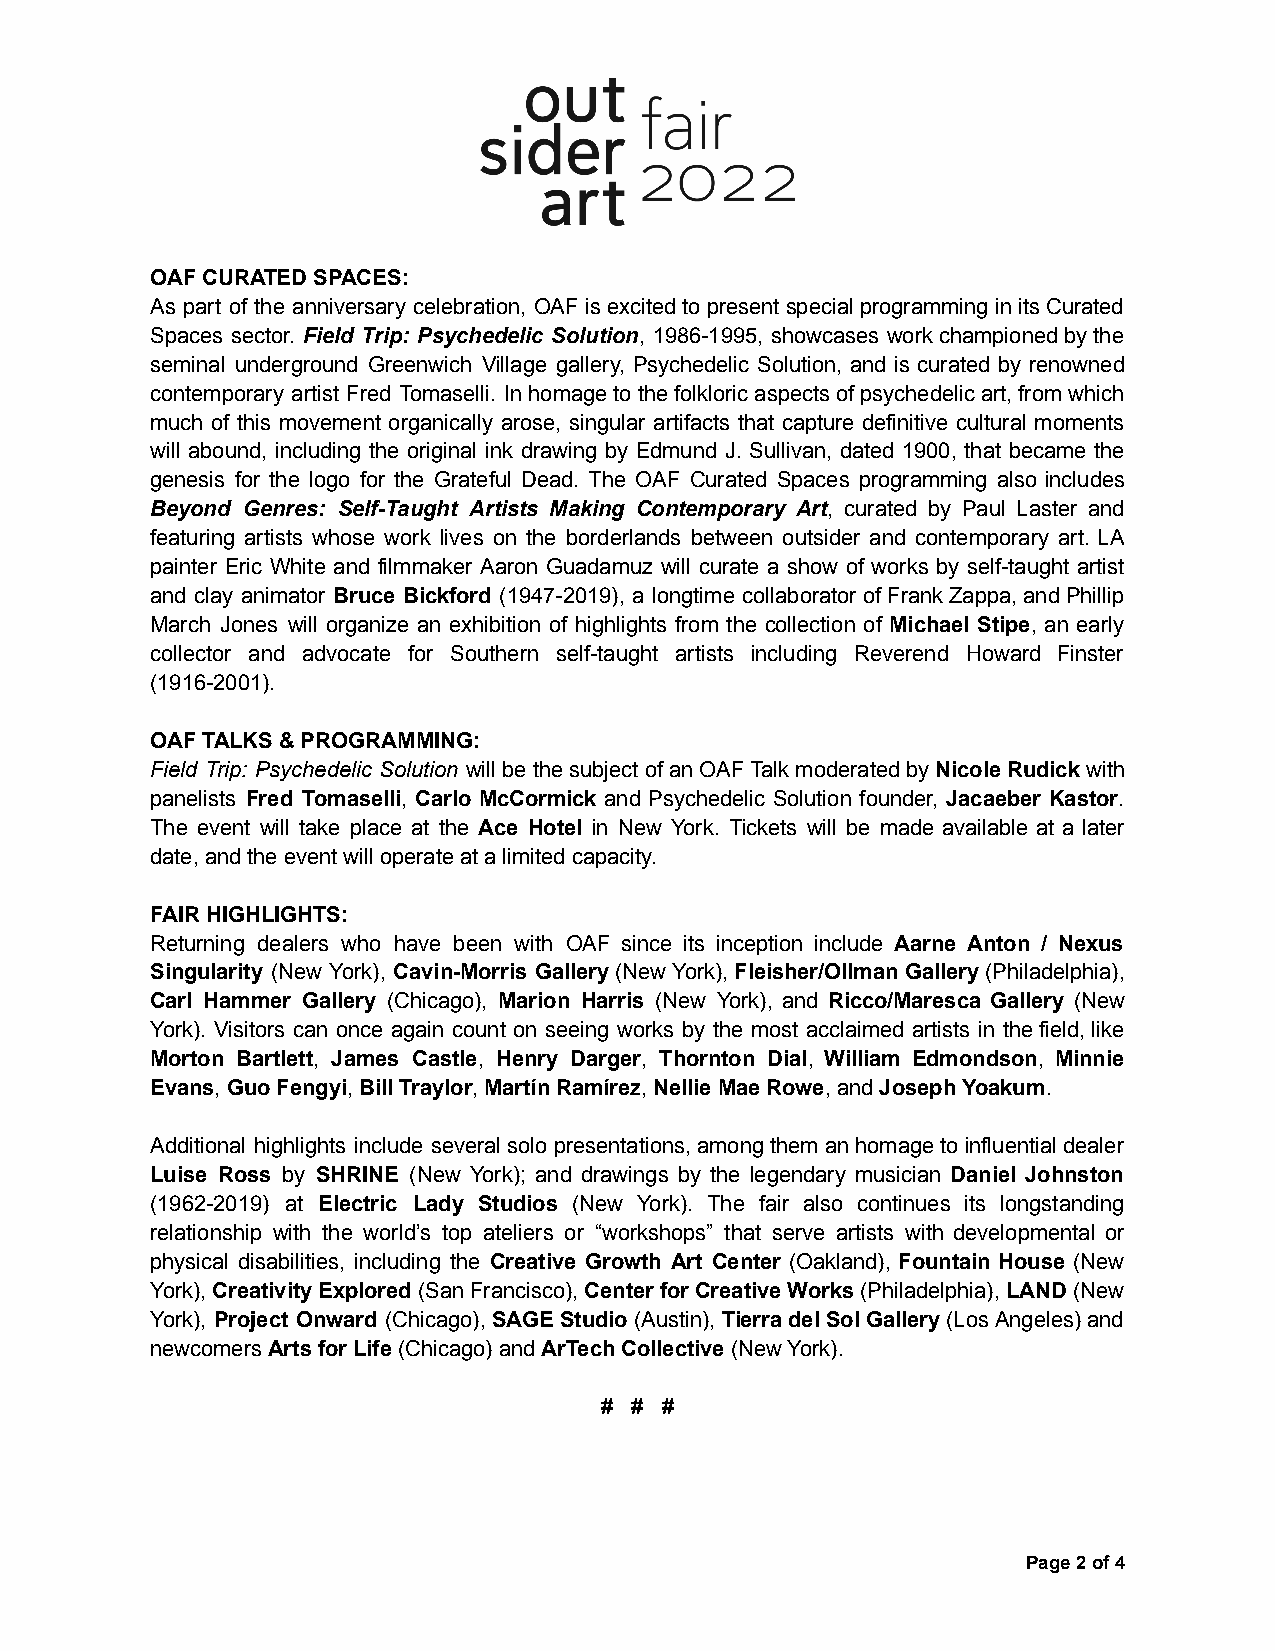
OAF CURATED SPACES:
 As part of the anniversary celebration, OAFisexcitedtopresentspecialprogramminginitsCurated
 Spaces sector. Field Trip: Psychedelic Solution, 1986-1995, showcases workchampionedbythe
 seminal underground Greenwich Village gallery, Psychedelic Solution, and is curated by renowned
 contemporary artist Fred Tomaselli. Inhomagetothefolkloricaspectsofpsychedelicart,fromwhich
 much of this movement organically arose, singular artifacts that capture definitive cultural moments
 will abound, including the original ink drawing by Edmund J. Sullivan, dated 1900, that became the
 genesis for the logo for the Grateful Dead. The OAF Curated Spaces programming also includes
 Beyond Genres: Self-Taught Artists Making Contemporary Art, curated by Paul Laster and
 featuring artists whose work lives on the borderlands between outsider and contemporary art. LA
 painter Eric White and filmmaker Aaron Guadamuz will curate a show of works by self-taught artist
 and clay animator Bruce Bickford (1947-2019), a longtime collaboratorofFrankZappa,andPhillip
 March Jones will organize an exhibition of highlights from the collection of Michael Stipe, an early
 collector and advocate for Southern self-taught artists including Reverend Howard Finster
 (1916-2001).
 OAF TALKS & PROGRAMMING:
 Field Trip: Psychedelic Solution willbethesubjectofanOAFTalkmoderatedbyNicoleRudickwith
 panelists Fred Tomaselli, Carlo McCormick and Psychedelic Solution founder, Jacaeber Kastor.
 The event will take place at the Ace Hotel in New York. Tickets will be made available at a later
 date, and the event will operate at a limited capacity.
 FAIR HIGHLIGHTS:
 Returning dealers who have been with OAF since its inception include Aarne Anton / Nexus
 Singularity (New York), Cavin-Morris Gallery(NewYork),Fleisher/OllmanGallery(Philadelphia),
 Carl Hammer Gallery (Chicago), Marion Harris (New York), and Ricco/Maresca Gallery (New
 York). Visitors can once again count on seeing works by the most acclaimed artists in thefield,like
 Morton Bartlett, James Castle, Henry Darger, Thornton Dial, William Edmondson, Minnie
 Evans,Guo Fengyi,Bill Traylor,Martín Ramírez,NellieMae Rowe, andJoseph Yoakum.
 Additional highlights include severalsolopresentations,amongthemanhomagetoinfluentialdealer
 Luise Ross by SHRINE (New York); and drawings by the legendary musician Daniel Johnston
 (1962-2019) at Electric Lady Studios (New York). The fair also continues its longstanding
 relationship with the world’s top ateliers or “workshops” that serve artists with developmental or
 physical disabilities, including the Creative Growth Art Center (Oakland), Fountain House (New
 York),CreativityExplored(SanFrancisco),CenterforCreativeWorks(Philadelphia),LAND(New
 York), Project Onward (Chicago),SAGEStudio(Austin),TierradelSolGallery(LosAngeles)and
 newcomersArts for Life(Chicago) andArTech Collective(New York).
 # # #
 Page2of 4